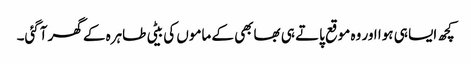
کچھ ایسا ہی ہوا اور وہ موقع پاتے ہی بھابھی کے ماموں کی بیٹی طاہرہ کے گھر آگئی۔